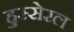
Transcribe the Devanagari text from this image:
हुस्सेरल